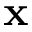
\textbf { x }